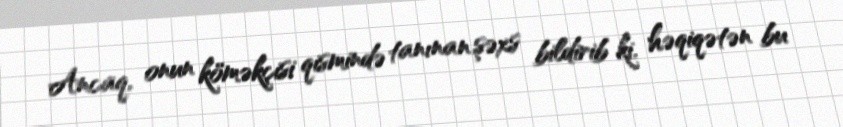
Ancaq, onun köməkçisi qismində tanınan şəxs bildirib ki, həqiqətən bu